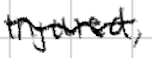
Text: injured,
Cross-out: wave
Writing tool: digital_black